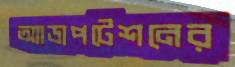
অ্যাডাপটেশনের